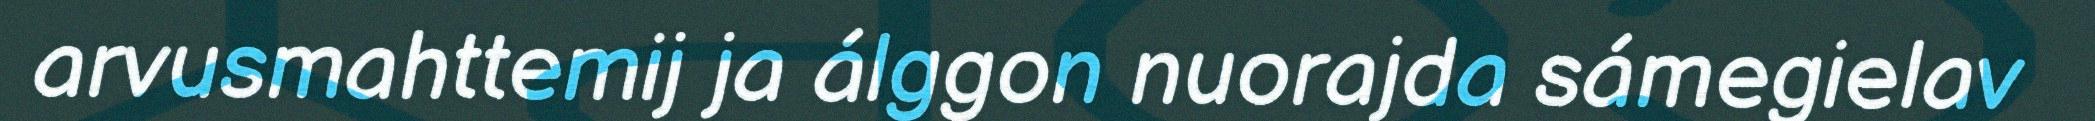
arvusmahttemij ja álggon nuorajda sámegielav